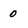
Character: 0